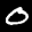
Label: 0